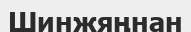
Шинжяңнан